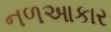
નળઆકાર